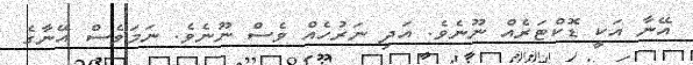
އޭނާ އަކީ ޑޮކްޓަރެއް ނޫނެވެ. އަދި ނަރުހެއް ވެސް ނޫނެވެ. ނަމަވެސް އޭނާގެ